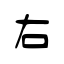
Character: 右